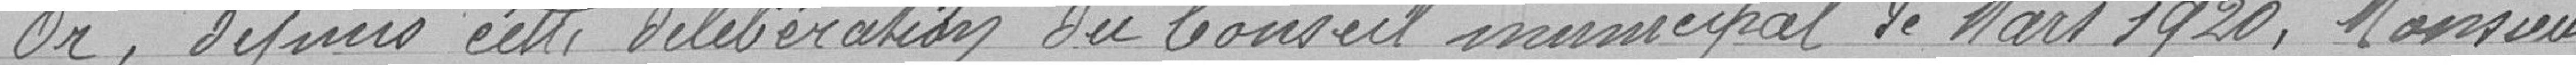
" Or, depuis cette délibération du Conseil municipal de Mars 1920, Monsieur